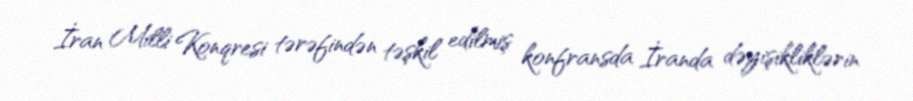
İran Milli Konqresi tərəfindən təşkil edilmiş konfransda İranda dəyişikliklərin